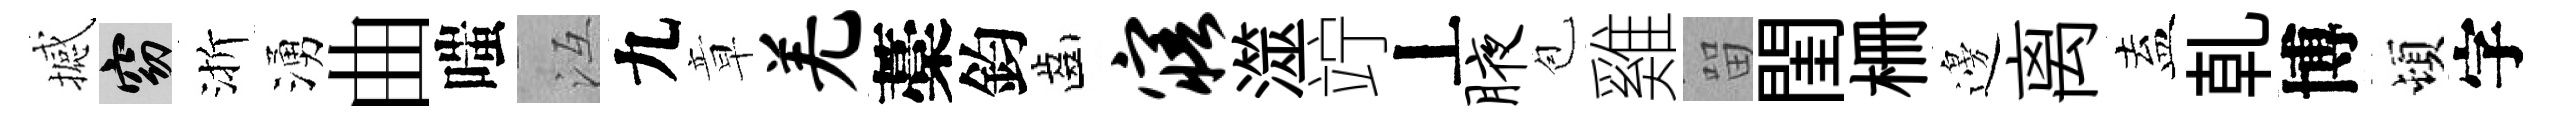
撼窈渐湧曲嗤冱九章羌藁鈞齒寤澨竚丄腋苞雞㽞閨栅邊离盍乹博頓字